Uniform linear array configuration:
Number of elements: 8
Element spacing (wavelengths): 0.25
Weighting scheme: hann
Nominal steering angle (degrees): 15
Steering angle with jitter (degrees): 16.126
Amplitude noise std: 0.05
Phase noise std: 0.05

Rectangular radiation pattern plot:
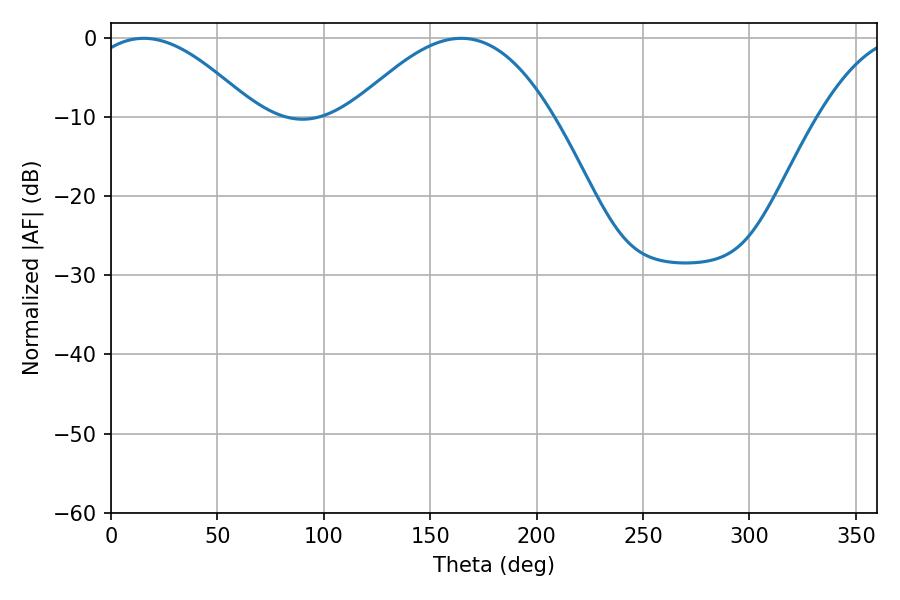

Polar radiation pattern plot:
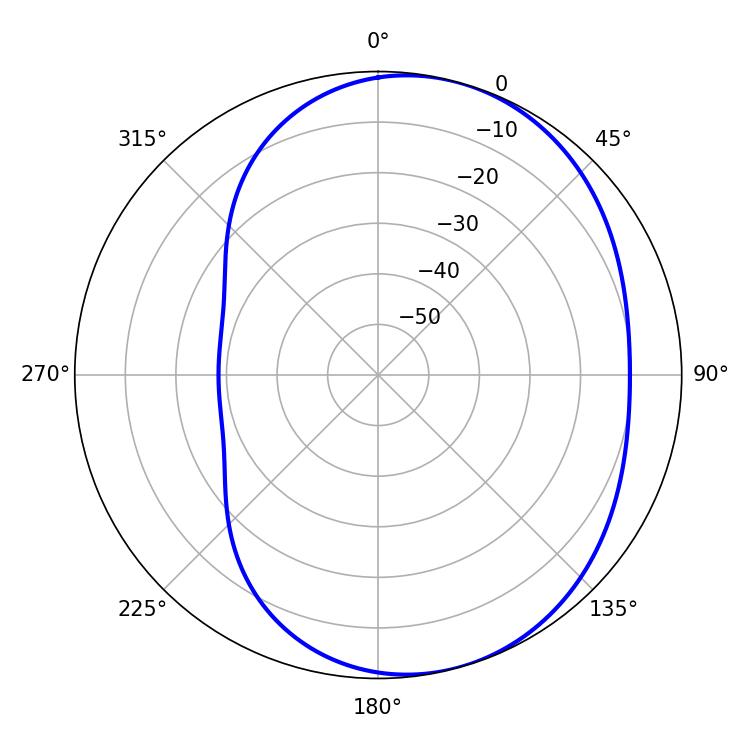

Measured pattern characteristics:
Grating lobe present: FALSE
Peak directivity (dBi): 5.041
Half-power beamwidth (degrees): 42.84
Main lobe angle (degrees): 15.48